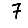
Digit: 7